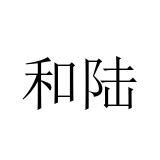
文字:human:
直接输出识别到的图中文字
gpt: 和陆